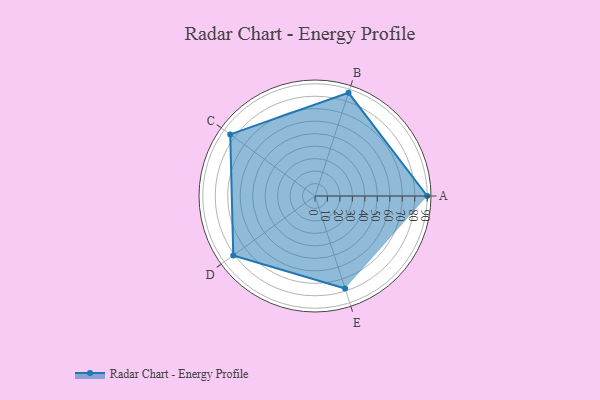
{"axis": {"x": "Skill", "y": "Score"}, "legend": ["Profile"], "data": [{"x": "A", "y": 90.0, "type": "Profile"}, {"x": "B", "y": 87.0, "type": "Profile"}, {"x": "C", "y": 84.0, "type": "Profile"}, {"x": "D", "y": 81.0, "type": "Profile"}, {"x": "E", "y": 78.0, "type": "Profile"}]}